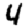
Digit: 4